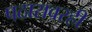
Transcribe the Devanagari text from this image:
पठारावरही